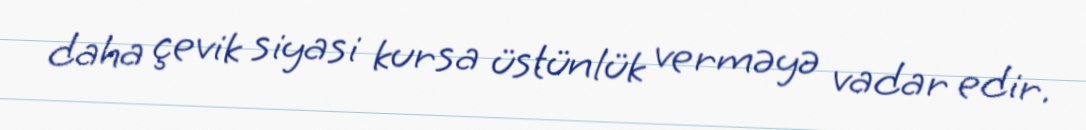
daha çevik siyasi kursa üstünlük verməyə vadar edir.